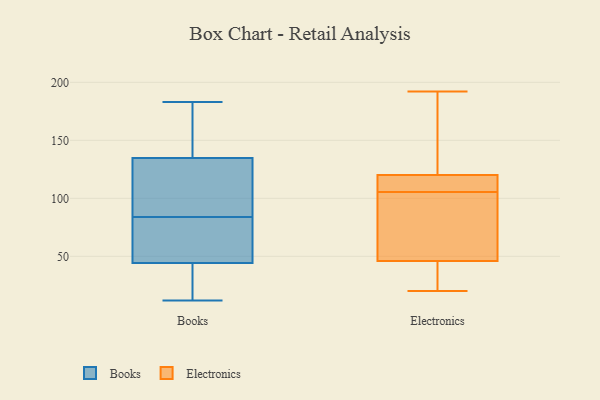
{"axis": {"x": "Customer Acquisition Cost (USD)", "y": "Value"}, "legend": ["Books", "Electronics"], "data": [{"x": "", "y": 179, "type": "Books"}, {"x": "", "y": 51, "type": "Books"}, {"x": "", "y": 56, "type": "Books"}, {"x": "", "y": 78, "type": "Books"}, {"x": "", "y": 136, "type": "Books"}, {"x": "", "y": 183, "type": "Books"}, {"x": "", "y": 119, "type": "Books"}, {"x": "", "y": 12, "type": "Books"}, {"x": "", "y": 42, "type": "Books"}, {"x": "", "y": 104, "type": "Books"}, {"x": "", "y": 125, "type": "Books"}, {"x": "", "y": 131, "type": "Books"}, {"x": "", "y": 175, "type": "Books"}, {"x": "", "y": 160, "type": "Books"}, {"x": "", "y": 34, "type": "Books"}, {"x": "", "y": 84, "type": "Books"}, {"x": "", "y": 16, "type": "Books"}, {"x": "", "y": 40, "type": "Books"}, {"x": "", "y": 56, "type": "Books"}, {"x": "", "y": 107, "type": "Electronics"}, {"x": "", "y": 46, "type": "Electronics"}, {"x": "", "y": 116, "type": "Electronics"}, {"x": "", "y": 192, "type": "Electronics"}, {"x": "", "y": 20, "type": "Electronics"}, {"x": "", "y": 26, "type": "Electronics"}, {"x": "", "y": 65, "type": "Electronics"}, {"x": "", "y": 169, "type": "Electronics"}, {"x": "", "y": 120, "type": "Electronics"}, {"x": "", "y": 104, "type": "Electronics"}]}